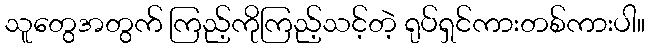
သူတွေအတွက် ကြည့်ကိုကြည့်သင့်တဲ့ ရုပ်ရှင်ကားတစ်ကားပါ။